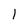
Character: 1